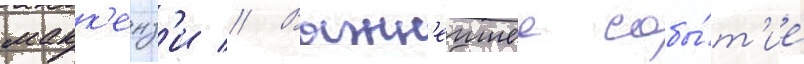
макк'енз'и // Важн'еишее собы́т'ие